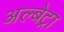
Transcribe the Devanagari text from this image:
अल्बेट्रा